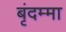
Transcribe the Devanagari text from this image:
बृंदम्मा